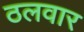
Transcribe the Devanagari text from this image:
ठलवार